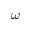
\omega